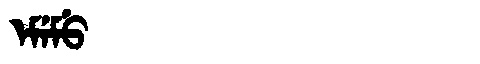
Manchu: ᡝᠮᡝᠮᡠ
Romanization: EMEMU